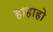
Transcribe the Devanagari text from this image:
हाहाहो